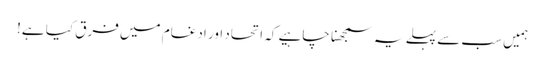
ہمیں سب سے پہلے یہ سمجھنا چاہیے کہ اتحاد اور ادغام میں فرق کیا ہے!